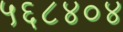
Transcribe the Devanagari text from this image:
५६८४०४